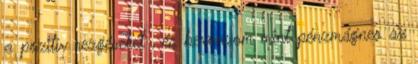
a pozitív rezgéseket , és bevonzom mint pénzmágnes az